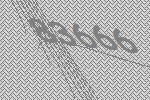
83666